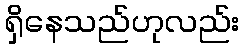
ရှိနေသည်ဟုလည်း